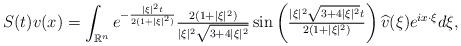
LaTeX: \begin{align*}S(t)v(x)=\int_{\mathbb{R}^n}e^{-\frac{|\xi|^2 t}{2(1+|\xi|^2)}}\tfrac{2(1+|\xi|^2)}{|\xi|^2\sqrt{3+4|\xi|^2}} \sin\left(\tfrac{|\xi|^2 \sqrt{3+4|\xi|^2}t} {2(1+|\xi|^2)}\right)\widehat{v}(\xi)e^{ix\cdot\xi} d\xi,\end{align*}